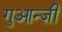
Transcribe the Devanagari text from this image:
गुआन्ज़ी